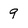
Character: 9